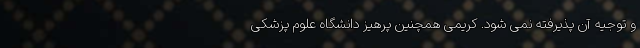
و توجیه آن پذیرفته نمی شود. کریمی همچنین پرهیز دانشگاه علوم پزشکی